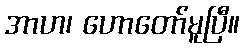
အာဟ၊ ဟောတော်မူပြီ။